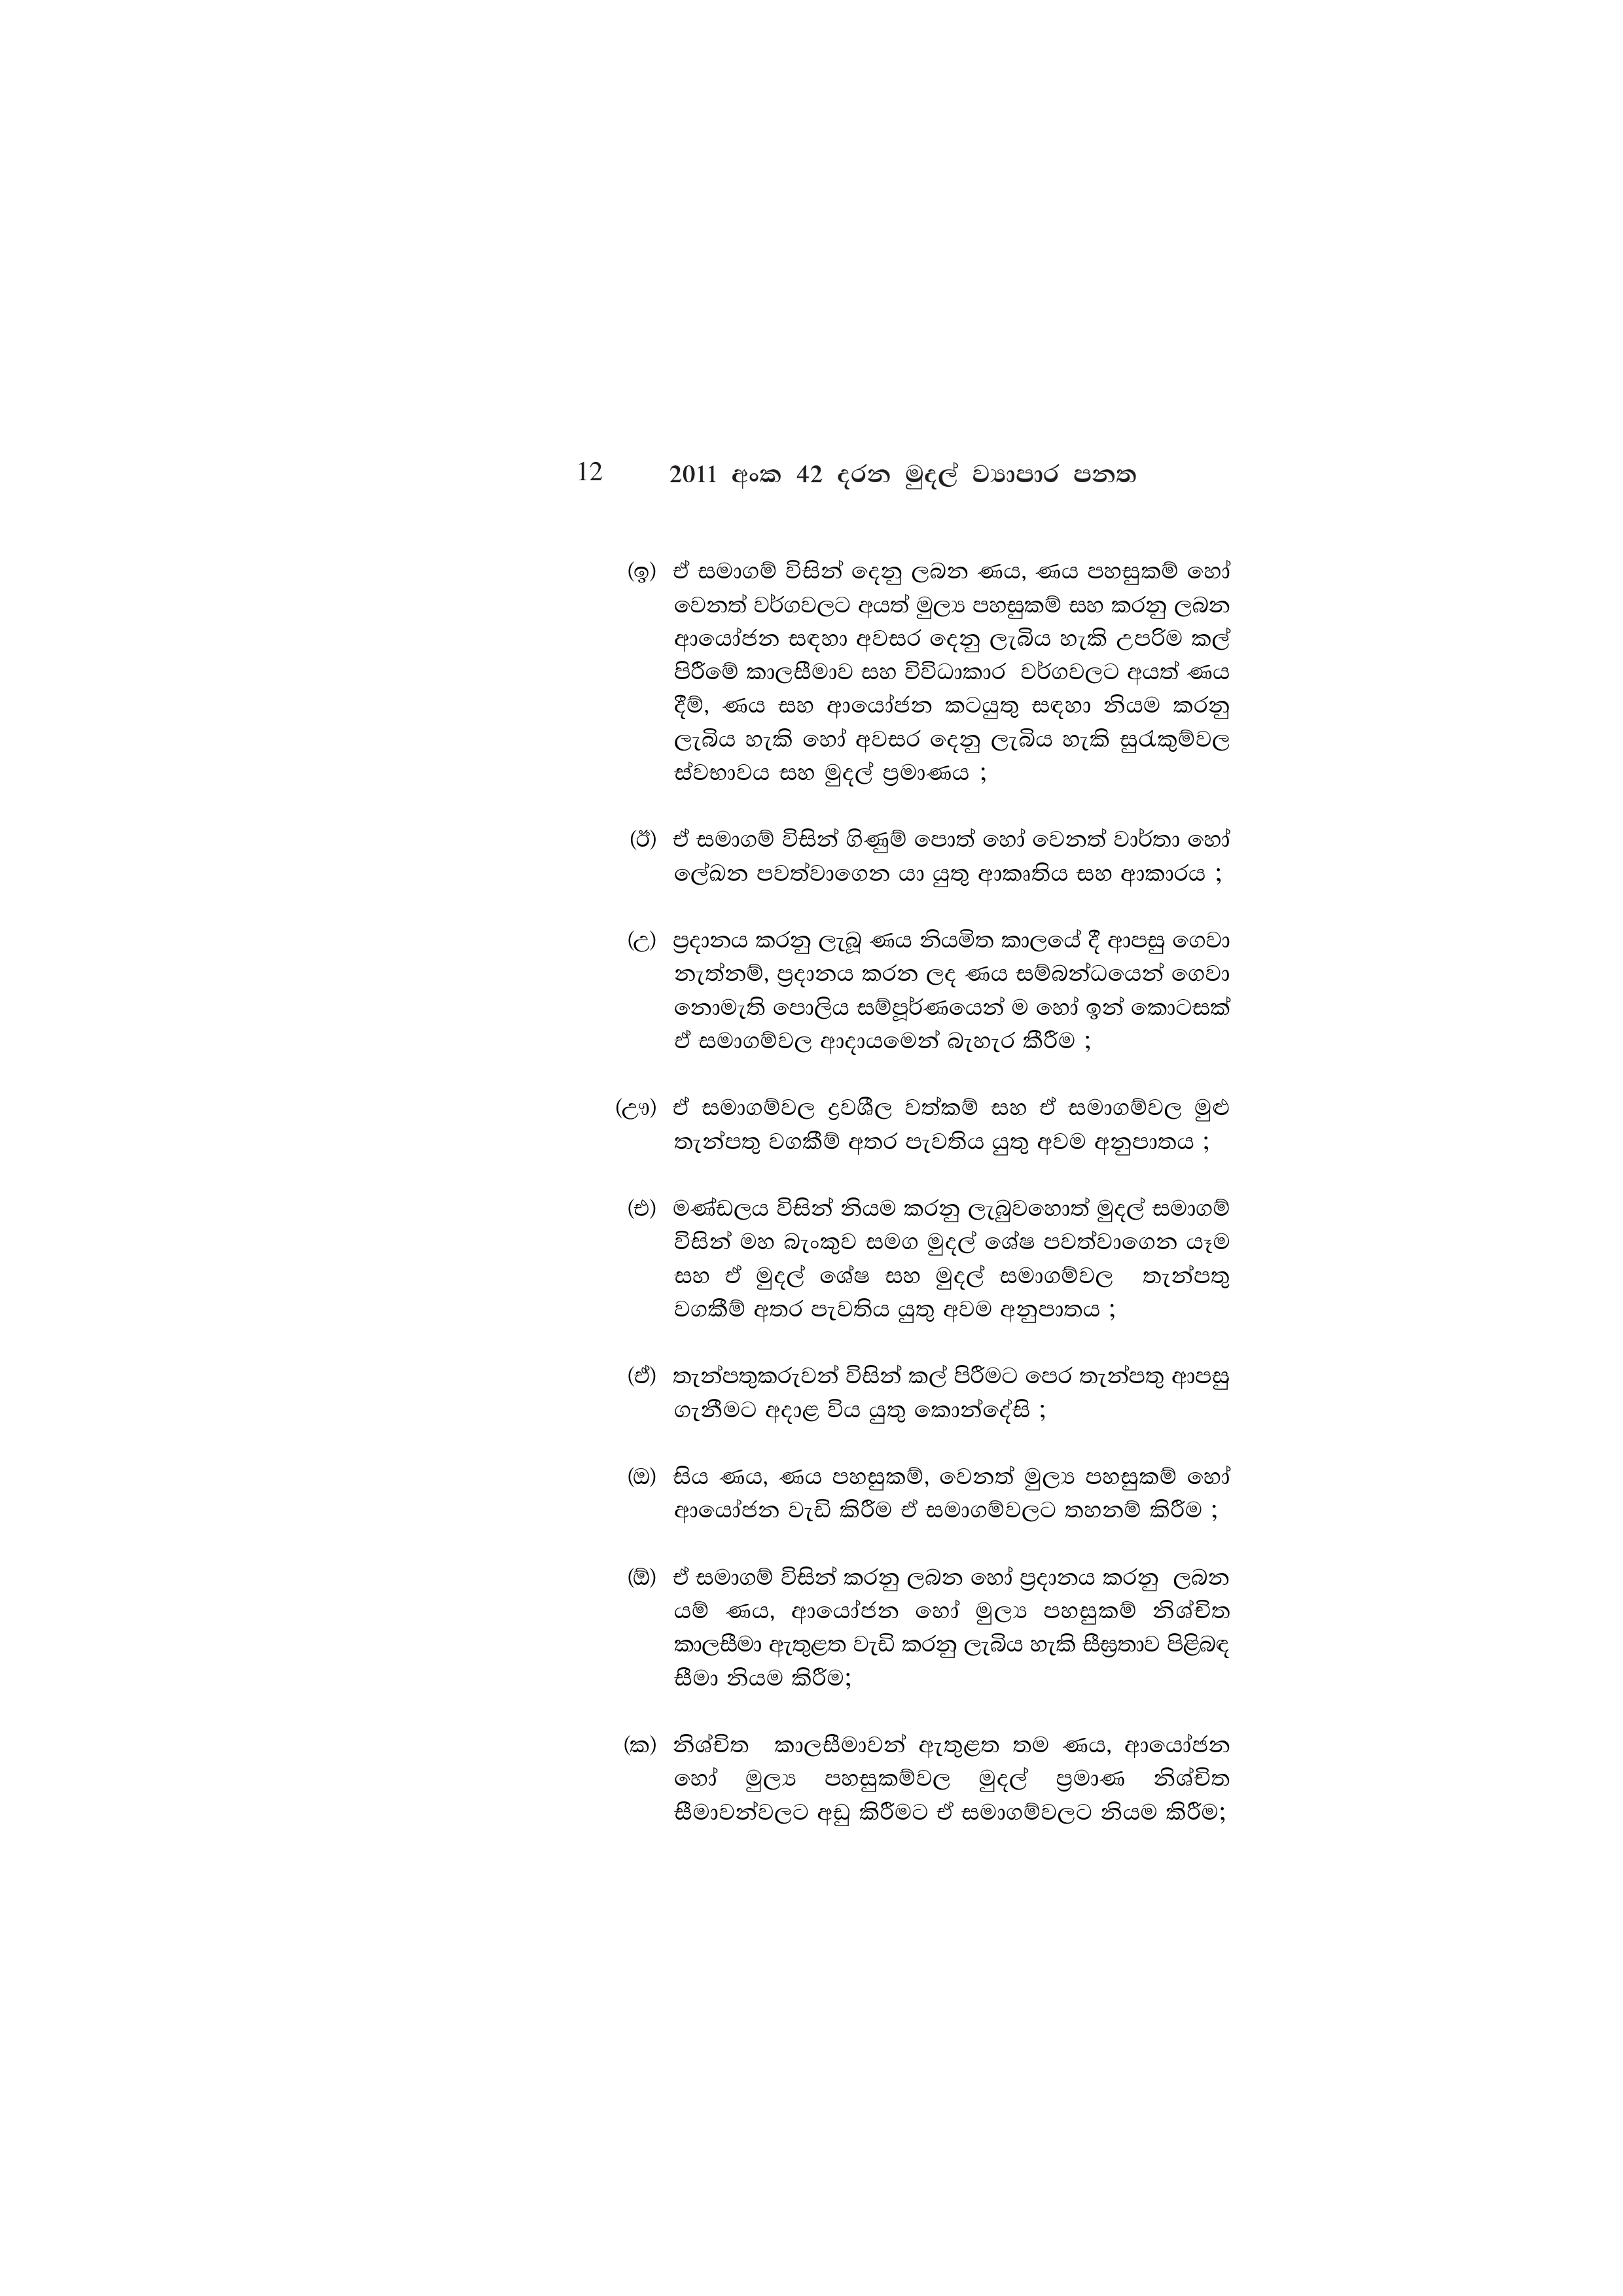
12 2011 අංක 42 දරන මුදල් ව්‍යාපාර පනත

(ඉ) ඒ සමාගම් විසින් දෙනු ලබන ණය, ණය පහසුකම් හෝ
වෙනත් වර්ගවලට අයත් මුල්‍ය පහසුකම් සහ කරනු ලබන
ආයෝජන සඳහා අවසර දෙනු ලැබිය හැකි උපරිම කල්
පිරීමේ කාලසීමාව සහ විවිධාකාර වර්ගවලට අයත් ණය
දීම්, ණය සහ ආයෝජන කටයුතු සඳහා නියම කරනු
ලැබිය හැකි හෝ අවසර දෙනු ලැබිය හැකි සුරැකුම්වල
ස්වභාවය සහ මුදල් ප්‍රමාණය ;

(ඊ) ඒ සමාගම් විසින් ගිණුම් පොත් හෝ වෙනත් වාර්තා හෝ
ලේඛන පවත්වාගෙන යා යුතු ආකෘතිය සහ ආකාරය ;

(උ) ප්‍රදානය කරනු ලැබූ ණය නියමිත කාලයේ දී ආපසු ගෙවා
නැත්නම්, ප්‍රදානය කරන ලද ණය සම්බන්ධයෙන් ගෙවා
නොමැති පොලිය සම්පූර්ණයෙන් ම හෝ ඉන් කොටසක්
ඒ සමාගම්වල ආදායමෙන් බැහැර කීරීම ;

(ඌ) ඒ සමාගම්වල ද්‍රවශීල වත්කම් සහ ඒ සමාගම්වල මුළු
තැන්පතු වගකීම් අතර පැවතිය යුතු අවම අනුපාතය ;

(එ) මණ්ඩලය විසින් නියම කරනු ලැබුවහොත් මුදල් සමාගම්
විසින් මහ බැංකුව සමග මුදල් ශේෂ පවත්වාගෙන යෑම
සහ ඒ මුදල් ශේෂ සහ මුදල් සමාගම්වල තැන්පතු
වගකීම් අතර පැවතිය යුතු අවම අනුපාතය ;

(ඒ) තැන්පතුකරුවන් විසින් කල් පිරීමට පෙර තැන්පතු ආපසු
ගැනීමට අදාළ විය යුතු කොන්දේසි ;

(ඔ) සිය ණය, ණය පහසුකම්, වෙනත් මුල්‍ය පහසුකම් හෝ
ආයෝජන වැඩි කිරීම ඒ සමාගම්වලට තහනම් කිරීම ;

(ඕ) ඒ සමාගම් විසින් කරනු ලබන හෝ ප්‍රදානය කරනු ලබන
යම් ණය, ආයෝජන හෝ මුල්‍ය පහසුකම් නිශ්චිත
කාලසීමා ඇතුළත වැඩි කරනු ලැබිය හැකි සීඝ්‍රතාව පිළිබඳ
සීමා නියම කිරීම;

(ක) නිශ්චිත කාලසීමාවන් ඇතුළත තම ණය, ආයෝජන
හෝ මුල්‍ය පහසුකම්වල මුදල් ප්‍රමාණ නිශ්චිත
සීමාවන්වලට අඩු කිරීමට ඒ සමාගම්වලට නියම කිරීම;